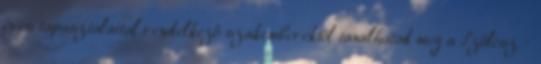
éves tapasztalattal rendelkező szakemberektől tanulhatod meg a Szőlész -